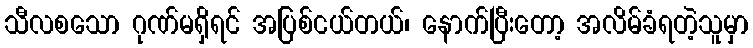
သီလစသော ဂုဏ်မရှိရင် အပြစ်ငယ်တယ်၊ နောက်ပြီးတော့ အလိမ်ခံရတဲ့သူမှာ